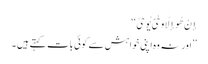
إِنْ هُوَ إِلَّا وَحْیٌ یُوحَیٰ ‘‘
’’اور نہ وه اپنی خواہش سے کوئی بات کہتے ہیں ۔